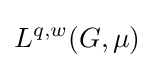
L^{q,w}(G,\mu )